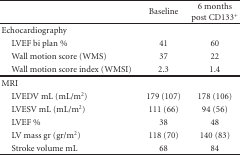
|  | Baseline | 6 months post CD133+ |
 | --- | --- | --- |
 | Echocardiography |  |  |
 | LVEF bi plan % | 41 | 60 |
 | Wall motion score (WMS) | 37 | 22 |
 | Wall motion score index (WMSI) | 2.3 | 1.4 |
 | MRI |  |  |
 | LVEDV mL (mL/m2) | 179 (107) | 178 (106) |
 | LVESV mL (mL/m2) | 111 (66) | 94 (56) |
 | LVEF % | 38 | 48 |
 | LV mass gr (gr/m2) | 118 (70) | 140 (83) |
 | Stroke volume mL | 68 | 84 |